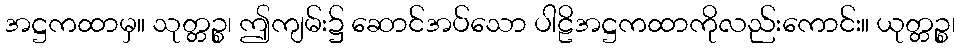
အဋ္ဌကထာမှ။ သုတ္တဉ္စ၊ ဤကျမ်း၌ ဆောင်အပ်သော ပါဠိအဋ္ဌကထာကိုလည်းကောင်း။ ယုတ္တဉ္စ၊